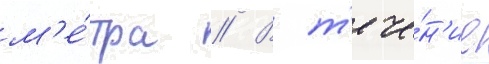
м'е́тра // В т'ече́н'ие